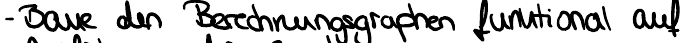
- Baue den Berechnungsgraphen funktional auf